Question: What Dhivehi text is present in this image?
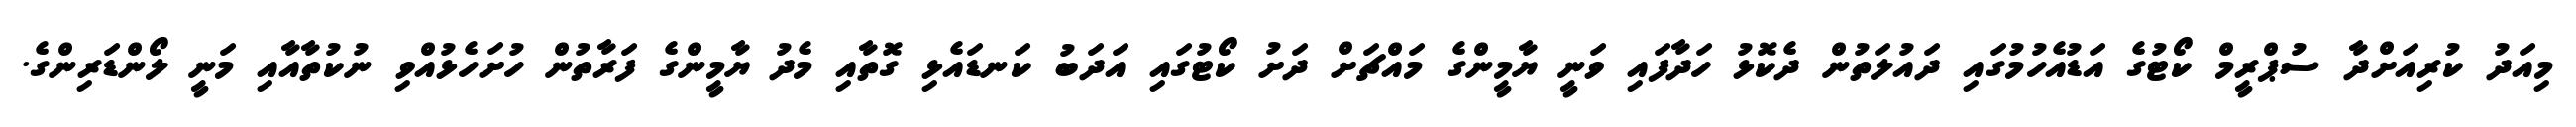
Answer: މިއަދު ކުރިއަށްދާ ސުޕްރީމް ކޯޓުގެ އަޑުއެހުމުގައި ދައުލަތުން ދެކޮޅު ހަދާފައި ވަނީ ޔާމީންގެ މައްޗަށް ދަށު ކޯޓުގައި އަދަބު ކަނޑައެޅި ގޮތާއި މެދު ޔާމީންގެ ފަރާތުން ހުށަހެޅުއްވި ނުކުތާއާއި މަނީ ލޯންޑަރިންގެ.